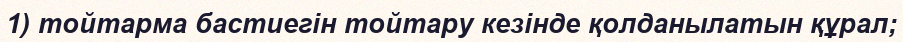
1) тойтарма бастиегін тойтару кезінде қолданылатын құрал;